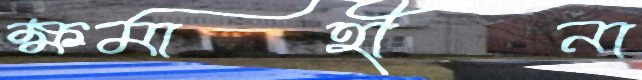
ক্ষমাহীনা